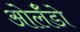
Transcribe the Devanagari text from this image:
ओर्लँडो